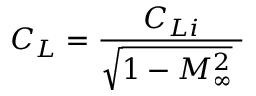
C _ { L } = \frac { C _ { L i } } { \sqrt { 1 - M _ { \infty } ^ { 2 } } \ }